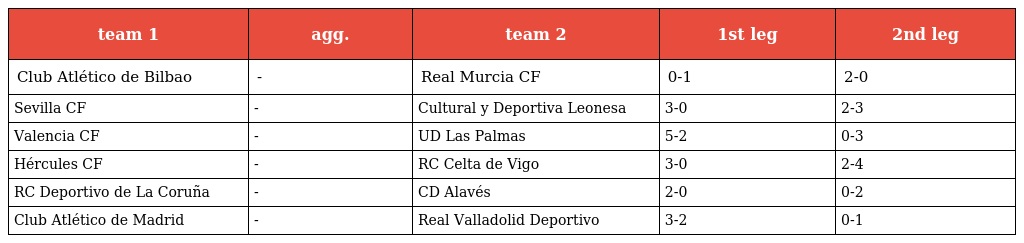
| team 1 | agg. | team 2 | 1st leg | 2nd leg |
 | --- | --- | --- | --- | --- |
 | Club Atlético de Bilbao | - | Real Murcia CF | 0-1 | 2-0 |
 | Sevilla CF | - | Cultural y Deportiva Leonesa | 3-0 | 2-3 |
 | Valencia CF | - | UD Las Palmas | 5-2 | 0-3 |
 | Hércules CF | - | RC Celta de Vigo | 3-0 | 2-4 |
 | RC Deportivo de La Coruña | - | CD Alavés | 2-0 | 0-2 |
 | Club Atlético de Madrid | - | Real Valladolid Deportivo | 3-2 | 0-1 |